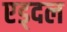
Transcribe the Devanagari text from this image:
एड्दल